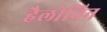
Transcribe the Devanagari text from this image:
हैलोविन